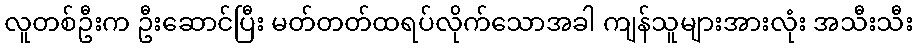
လူတစ်ဦးက ဦးဆောင်ပြီး မတ်တတ်ထရပ်လိုက်သောအခါ ကျန်သူများအားလုံး အသီးသီး